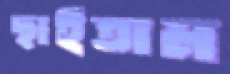
ছাইতাম